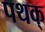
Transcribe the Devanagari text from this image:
पथक्